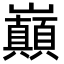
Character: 巔